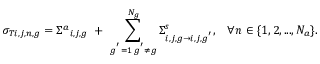
\sigma _ { T i , j , n , g } = { \Sigma ^ { a } } _ { i , j , g } \ + \ \sum _ { \substack { g ^ { ' } = 1 \, g ^ { ' } \neq g } } ^ { N _ { g } } \Sigma _ { i , j , g \rightarrow i , j , g ^ { ' } } ^ { s } , \; \; \; \forall n \in \{ 1 , 2 , . . . , N _ { a } \} .